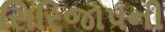
સિરિજાપની